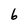
Character: 6